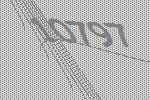
10797